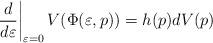
LaTeX: \begin{align*} \left. \frac{d}{d\varepsilon} \right|_{\varepsilon=0} V(\Phi(\varepsilon,p)) = h(p) dV(p) \end{align*}